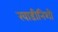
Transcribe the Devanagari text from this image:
खाडीनिशी